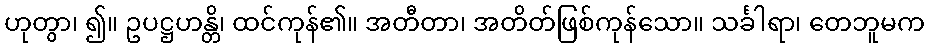
ဟုတွာ၊ ၍။ ဥပဋ္ဌဟန္တိ၊ ထင်ကုန်၏။ အတီတာ၊ အတိတ်ဖြစ်ကုန်သော။ သင်္ခါရာ၊ တေဘူမက